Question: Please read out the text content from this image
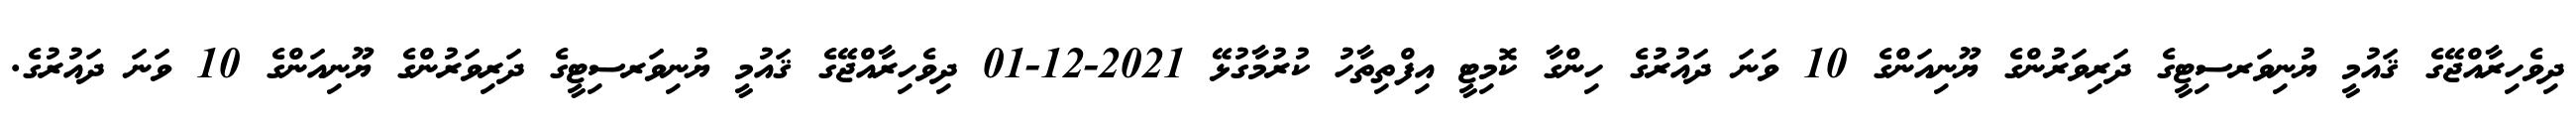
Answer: ދިވެހިރާއްޖޭގެ ޤައުމީ ޔުނިވަރސިޓީގެ ދަރިވަރުންގެ ޔޫނިއަންގެ 10 ވަނަ ދައުރުގެ ހިންގާ ކޮމިޓީ އިފްތިތާހު ކުރުމާގުޅޭ 2021-12-01 ދިވެހިރާއްޖޭގެ ޤައުމީ ޔުނިވަރސިޓީގެ ދަރިވަރުންގެ ޔޫނިއަންގެ 10 ވަނަ ދައުރުގެ.